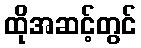
ထိုအဆင့်တွင်